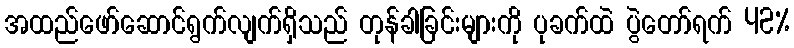
အထည်ဖော်ဆောင်ရွက်လျက်ရှိသည် တုန်ခါခြင်းများကို ပုခက်ထဲ ပွဲတော်ရက် 42%